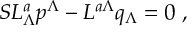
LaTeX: S L _ { \Lambda } ^ { a } p ^ { \Lambda } - L ^ { a \Lambda } q _ { \Lambda } = 0 \ ,